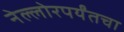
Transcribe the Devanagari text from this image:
नेल्लोरपर्यंतचा